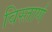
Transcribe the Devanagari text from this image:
विस्तार्ण